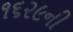
૧૬૨૯ની